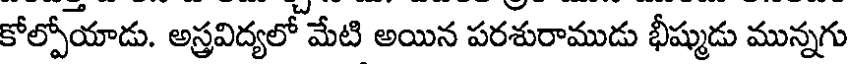
కోల్పోయాడు. అస్త్రవిద్యలో మేటి అయిన పరశురాముడు భీష్ముడు మున్నగు